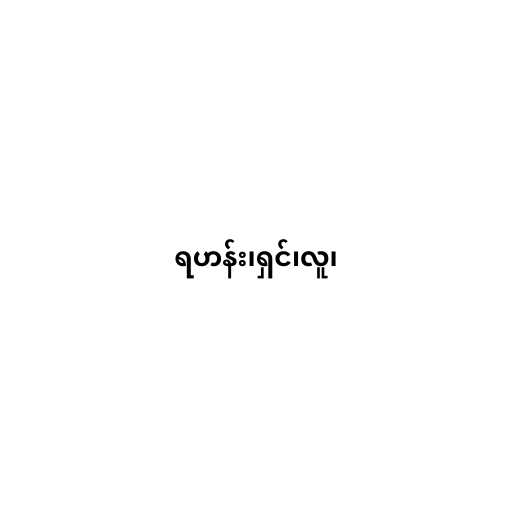
ရဟန်း၊ရှင်၊လူ၊